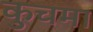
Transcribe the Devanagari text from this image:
कुचमा